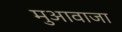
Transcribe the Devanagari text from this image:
मुआवाजा